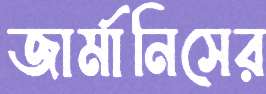
জার্মানিসের